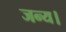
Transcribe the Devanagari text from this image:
जन्य।